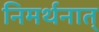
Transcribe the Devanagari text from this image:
निमर्थनात्